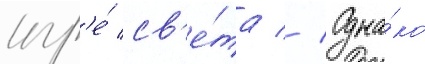
игр'е́ св'е́та // Одна́ко